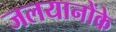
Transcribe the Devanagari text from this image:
जलयानोंके